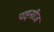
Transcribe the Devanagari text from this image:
पाइनरिज